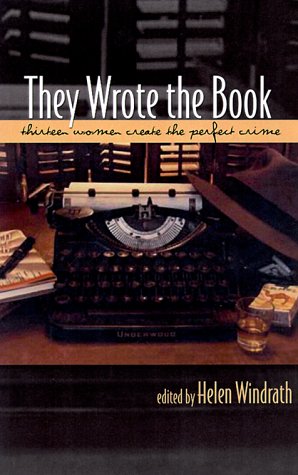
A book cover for They Wrote the Book: Thirteen Women Mystery Writers Tell All; Mystery, Thriller & Suspense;